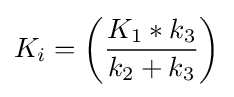
K_{i}=\left({\frac {K_{1}*k_{3}}{k_{2}+k_{3}}}\right)